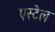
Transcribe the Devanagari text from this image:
एस्टेल